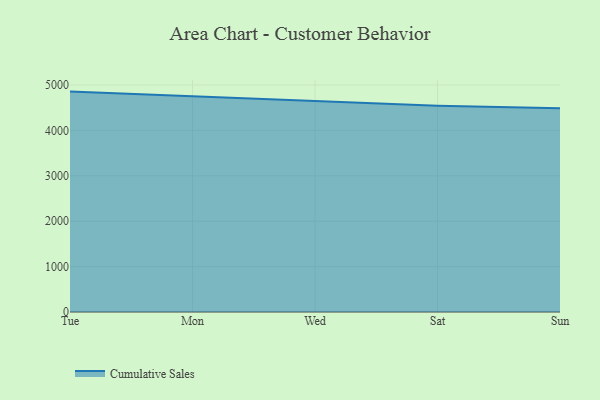
{"axis": {"x": "Day", "y": "Production Output"}, "legend": ["Cumulative Sales"], "data": [{"x": "Tue", "y": 4854.6, "type": "Cumulative Sales"}, {"x": "Mon", "y": 4748.4, "type": "Cumulative Sales"}, {"x": "Wed", "y": 4650.7, "type": "Cumulative Sales"}, {"x": "Sat", "y": 4543.8, "type": "Cumulative Sales"}, {"x": "Sun", "y": 4488.0, "type": "Cumulative Sales"}]}